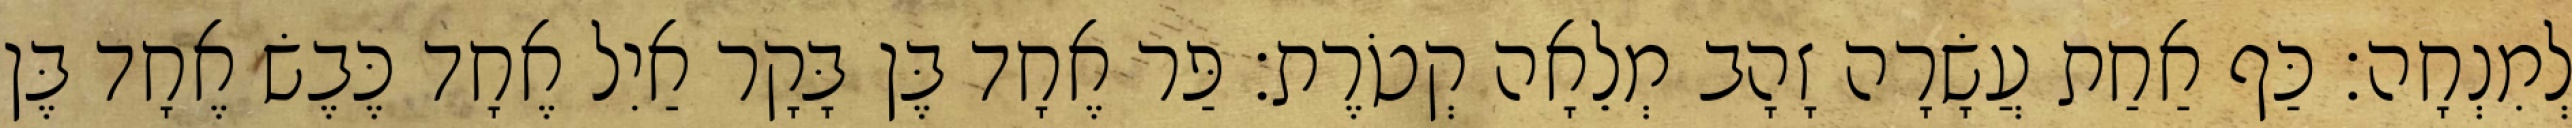
לְמִנְחָה׃ כַּף אַחַת עֲשָׂרָה זָהָב מְלֵאָה קְטֹרֶת׃ פַּר אֶחָד בֶּן בָּקָר אַיִל אֶחָד כֶּבֶשׂ אֶחָד בֶּן